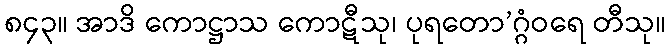
၈၄၃။ အာဒိ ကောဋ္ဌာသ ကောဋီသု၊ ပုရတော’ဂ္ဂံဝရေ တီသု။